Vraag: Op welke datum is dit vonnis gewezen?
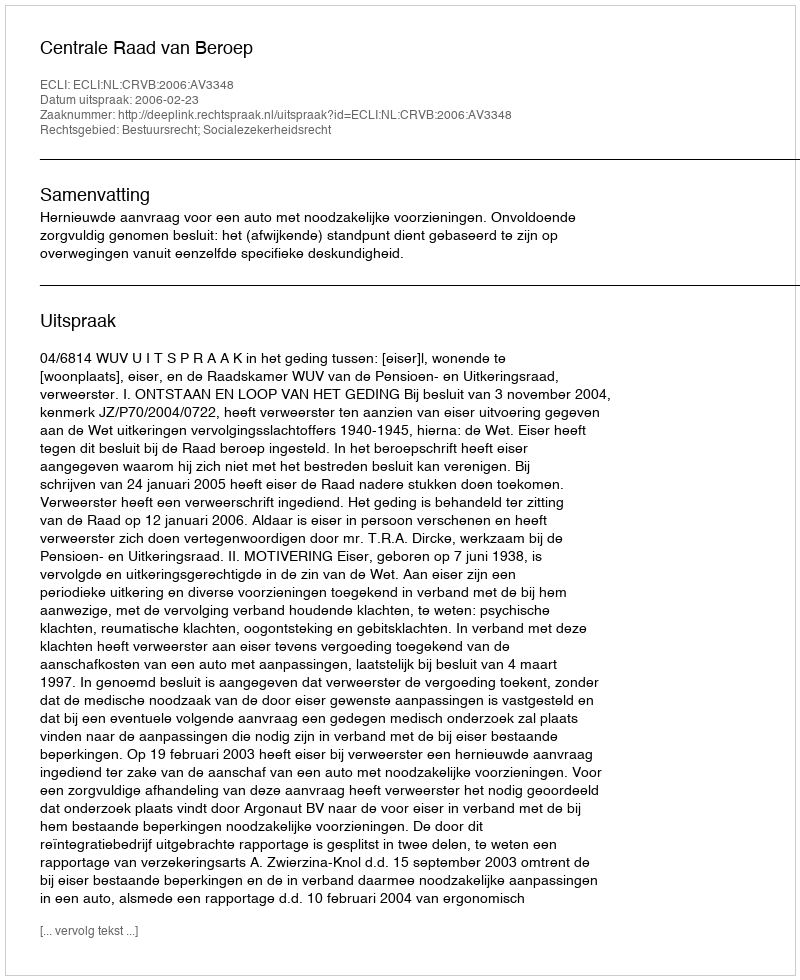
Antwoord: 2006-02-23